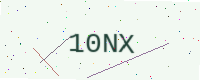
Text: 10NX